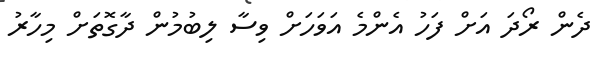
ދެން ރޯދަ އަށް ފަހު އެންމެ އަވަހަށް ވިސާ ލިބުމުން ދާގޮތަށް މިހާރު